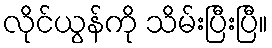
လိုင်ယွန်ကို သိမ်းပြီးပြီ။